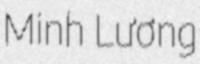
Minh Lương